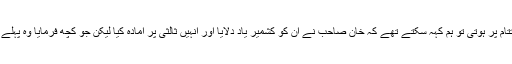
اگر یہ پریس بریفنگ ملاقات کے اختتام پر ہوتی تو ہم کہہ سکتے تھے کہ خان صاحب نے ان کو کشمیر یاد دلایا اور انہیں ثالثی پر آمادہ کیا لیکن جو کچھ فرمایا وہ پہلے سے ٹرمپ صاحب کے ذہن میں تھا۔